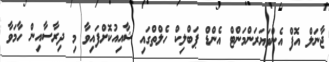
ޖާނަލް އޮފް އެންވަޔަރަންމަންޓް އެންޑް ޕަބްލިކް ހެލްތްގައި ޝާއިއުކޮށްފައިވާ މި ދިރާސާއިން ހާމަވާ